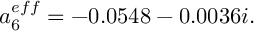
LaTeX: a _ { 6 } ^ { e f f } = - 0 . 0 5 4 8 - 0 . 0 0 3 6 i .